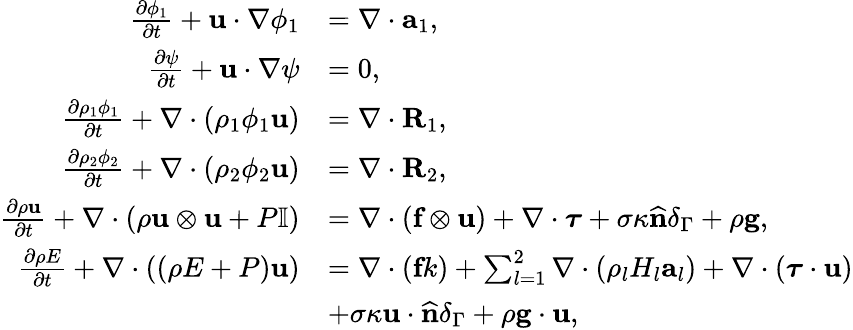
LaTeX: \begin{array}{rl}{\frac{\partial\phi_{1}}{\partial t}+\textbf{u}\cdot\nabla\phi_{1}}&{=\nabla\cdot\textbf{a}_{1},}\\ {\frac{\partial\psi}{\partial t}+\textbf{u}\cdot\nabla\psi}&{=0,}\\ {\frac{\partial\rho_{1}\phi_{1}}{\partial t}+\nabla\cdot(\rho_{1}\phi_{1}\textbf{u})}&{=\nabla\cdot\textbf{R}_{1},}\\ {\frac{\partial\rho_{2}\phi_{2}}{\partial t}+\nabla\cdot(\rho_{2}\phi_{2}\textbf{u})}&{=\nabla\cdot\textbf{R}_{2},}\\ {\frac{\partial\rho\textbf{u}}{\partial t}+\nabla\cdot(\rho\textbf{u}\otimes\textbf{u}+P\mathbb{I})}&{=\nabla\cdot(\textbf{f}\otimes\textbf{u})+\nabla\cdot\boldsymbol{\tau}+\sigma\kappa\widehat{\textbf{n}}\delta_{\Gamma}+\rho\textbf{g},}\\ {\frac{\partial\rho E}{\partial t}+\nabla\cdot((\rho E+P)\textbf{u})}&{=\nabla\cdot(\textbf{f}k)+\sum_{l=1}^{2}\nabla\cdot(\rho_{l}H_{l}\textbf{a}_{l})+\nabla\cdot(\boldsymbol{\tau}\cdot\textbf{u})}\\ &{+\sigma\kappa\textbf{u}\cdot\widehat{\textbf{n}}\delta_{\Gamma}+\rho\textbf{g}\cdot\textbf{u},}\end{array}